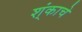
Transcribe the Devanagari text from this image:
श्ंकाचे